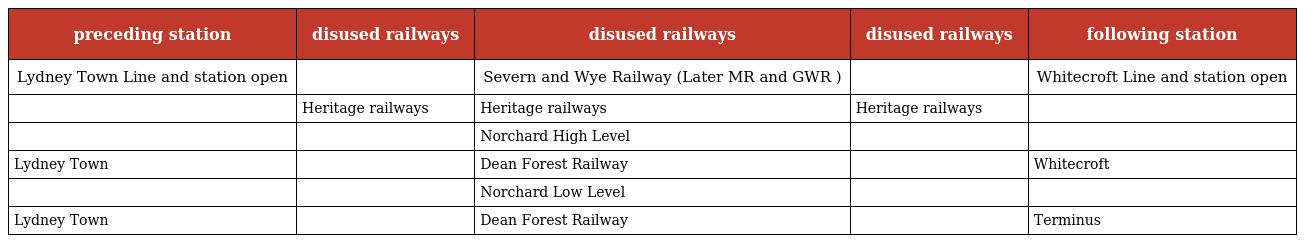
| preceding station | disused railways | disused railways | disused railways | following station |
 | --- | --- | --- | --- | --- |
 | Lydney Town Line and station open |  | Severn and Wye Railway (Later MR and GWR ) |  | Whitecroft Line and station open |
 |  | Heritage railways | Heritage railways | Heritage railways |  |
 |  |  | Norchard High Level |  |  |
 | Lydney Town |  | Dean Forest Railway |  | Whitecroft |
 |  |  | Norchard Low Level |  |  |
 | Lydney Town |  | Dean Forest Railway |  | Terminus |